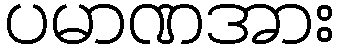
ပမာဏအား